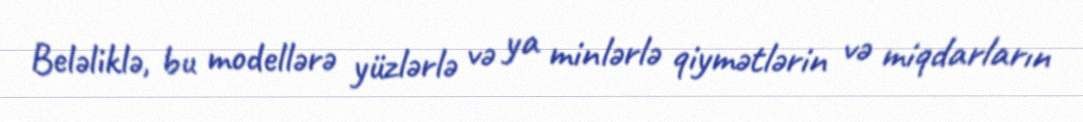
Beləliklə, bu modellərə yüzlərlə və ya minlərlə qiymətlərin və miqdarların